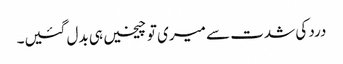
درد کی شدت سے میری تو چیخیں ہی بدل گئیں۔